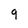
Character: 9